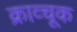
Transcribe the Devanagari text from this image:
क्राव्चूक